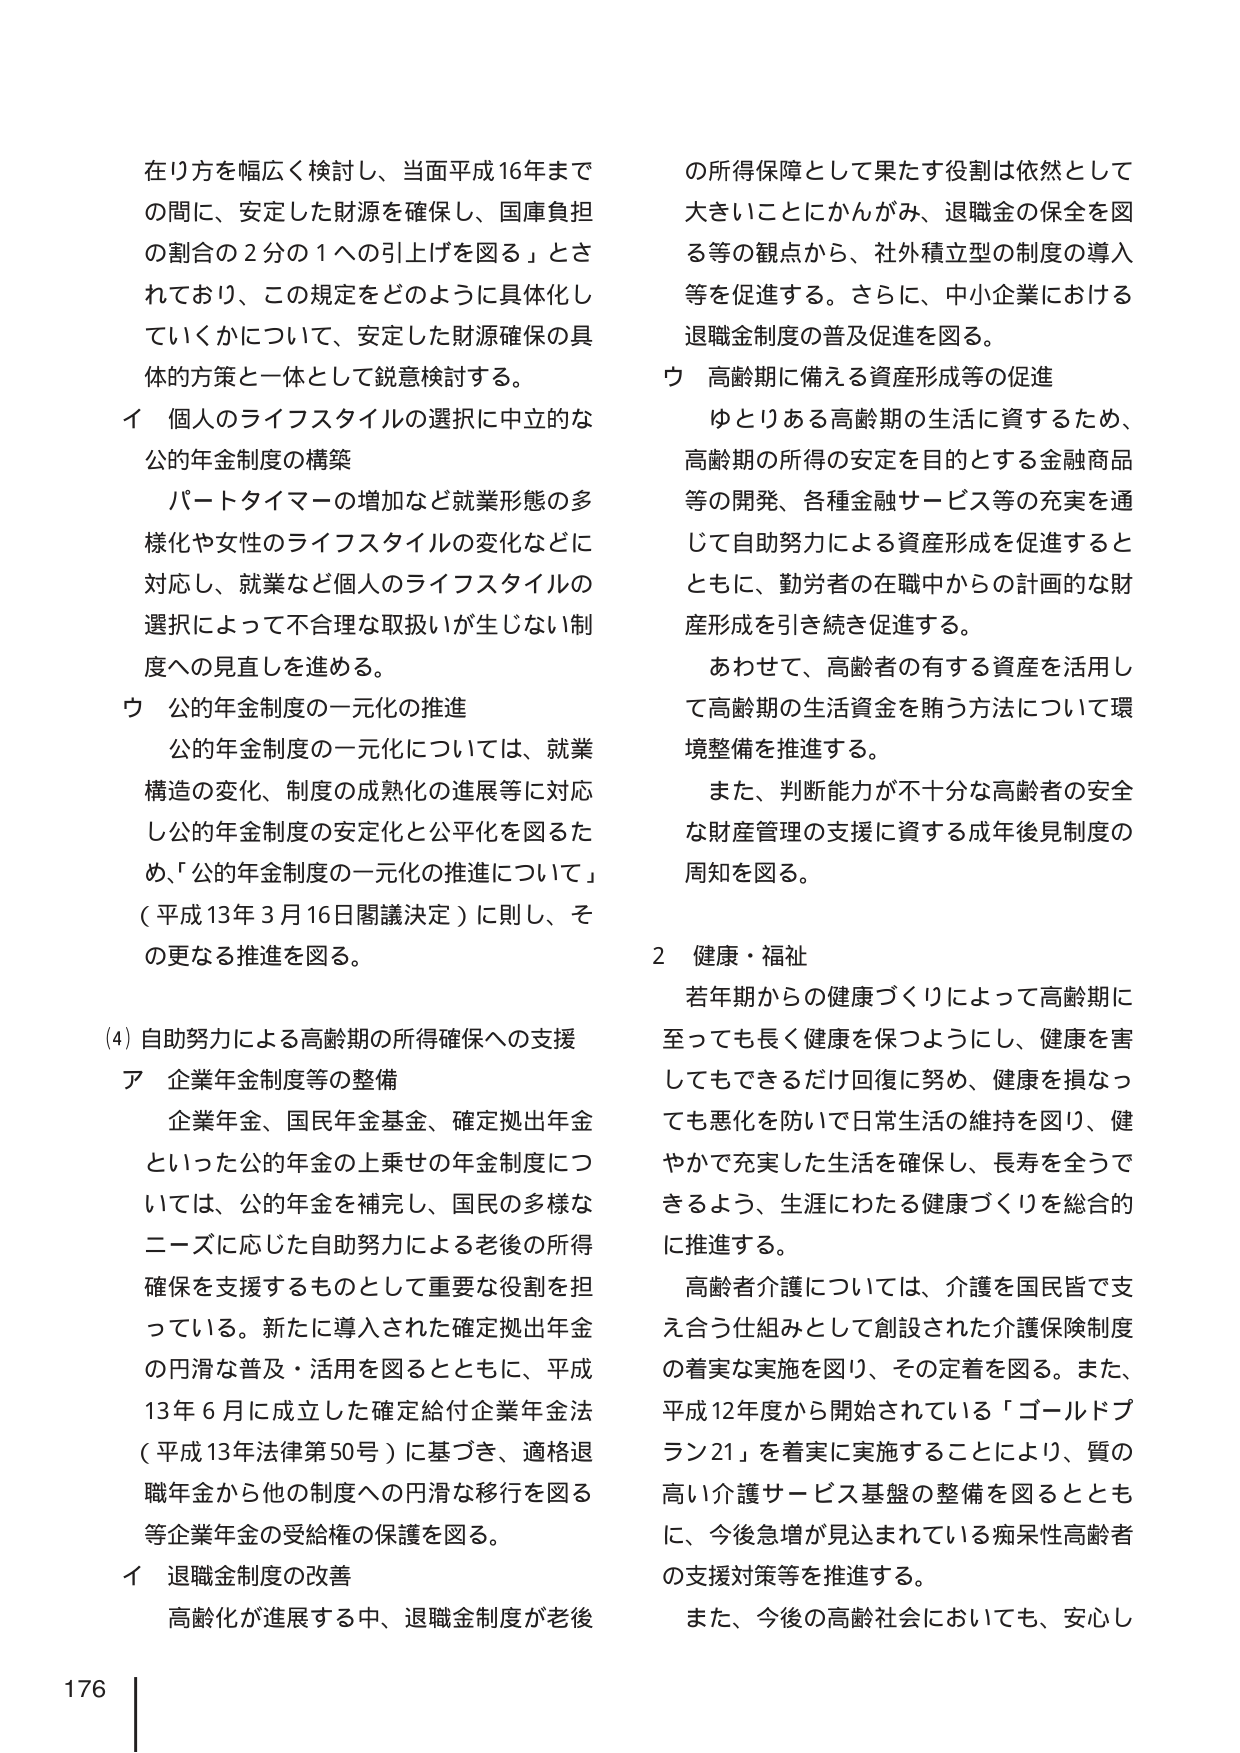
在り方を幅広く検討し、当面平成16年までの間、安定した財源を確保し、国庫負担の割合の2分の1への引上げを図る」とされており、この規定をどのように具体化していくかについて、安定した財源確保の具体的方策と一体として鋭意検討する。

イ 個人のライフスタイルの選択に中立的な公的年金制度の構築

パートタイマーの増加など就業形態の多様化や女性のライフスタイルの変化などに対応し、就業など個人のライフスタイルの選択によって不合理な取扱いが生じない制度への見直しを進める。

ウ 公的年金制度の一元化の推進

公的年金制度の一元化については、就業構造の変化、制度の成熟化の進展等に対応し公的年金制度の安定化と公平化を図るため、「公的年金制度の一元化の推進について」（平成13年3月16日閣議決定）に則し、その更なる推進を図る。

(4) 自助努力による高齢期の所得確保への支援

ア 企業年金制度等の整備

企業年金、国民年金基金、確定拠出年金といった公的年金の上乗せの年金制度については、公的年金を補完し、国民の多様なニーズに応じた自助努力による老後の所得確保を支援するものとして重要な役割を担っている。新たに導入された確定拠出年金の円滑な普及・活用を図るとともに、平成13年6月に成立した確定給付企業年金法（平成13年法律第50号）に基づき、適格退職年金から他の制度への円滑な移行を図る等企業年金の受給権の保護を図る。

イ 退職金制度の改善

高齢化が進展する中、退職金制度が老後

の所得保障として果たす役割は依然として大きいことにかんがみ、退職金の保全を図る等の観点から、社外積立型の制度の導入等を促進する。さらに、中小企業における退職金制度の普及促進を図る。

ウ 高齢期に備える資産形成等の促進

ゆとりある高齢期の生活に資するため、高齢期の所得の安定を目的とする金融商品等の開発、各種金融サービス等の充実を通じて自助努力による資産形成を促進するとともに、勤労者の在職中からの計画的な財産形成を引き続き促進する。

あわせて、高齢者の有する資産を活用して高齢期の生活資金を賄う方法について環境整備を推進する。

また、判断能力が不十分な高齢者の安全な財産管理の支援に資する成年後見制度の周知を図る。

2 健康・福祉

若年期からの健康づくりによって高齢期に至っても長く健康を保つようにし、健康を害してもできるだけ回復に努め、健康を損なっても悪化を防いで日常生活の維持を図り、健やかで充実した生活を確保し、長寿を全うできるよう、生涯にわたる健康づくりを総合的に推進する。

高齢者介護については、介護を国民皆で支え合う仕組みとして創設された介護保険制度の着実な実施を図り、その定着を図る。また、平成12年度から開始されている「ゴールドプラン21」を着実に実施することにより、質の高い介護サービス基盤の整備を図るとともに、今後急増が見込まれている痴呆性高齢者の支援対策等を推進する。

また、今後の高齢社会においても、安心し

176